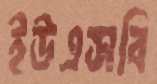
ইউএসবি